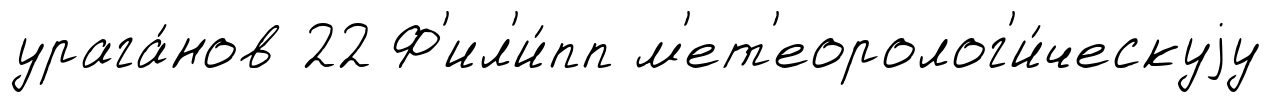
урага́нов 22 Ф'ил'и́пп м'ет'еоролог'и́ческуjу